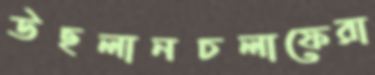
উছলানচলাফেরা